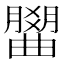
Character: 𣎭